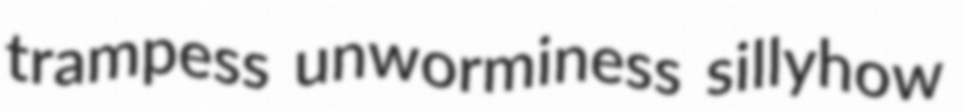
trampess unworminess sillyhow